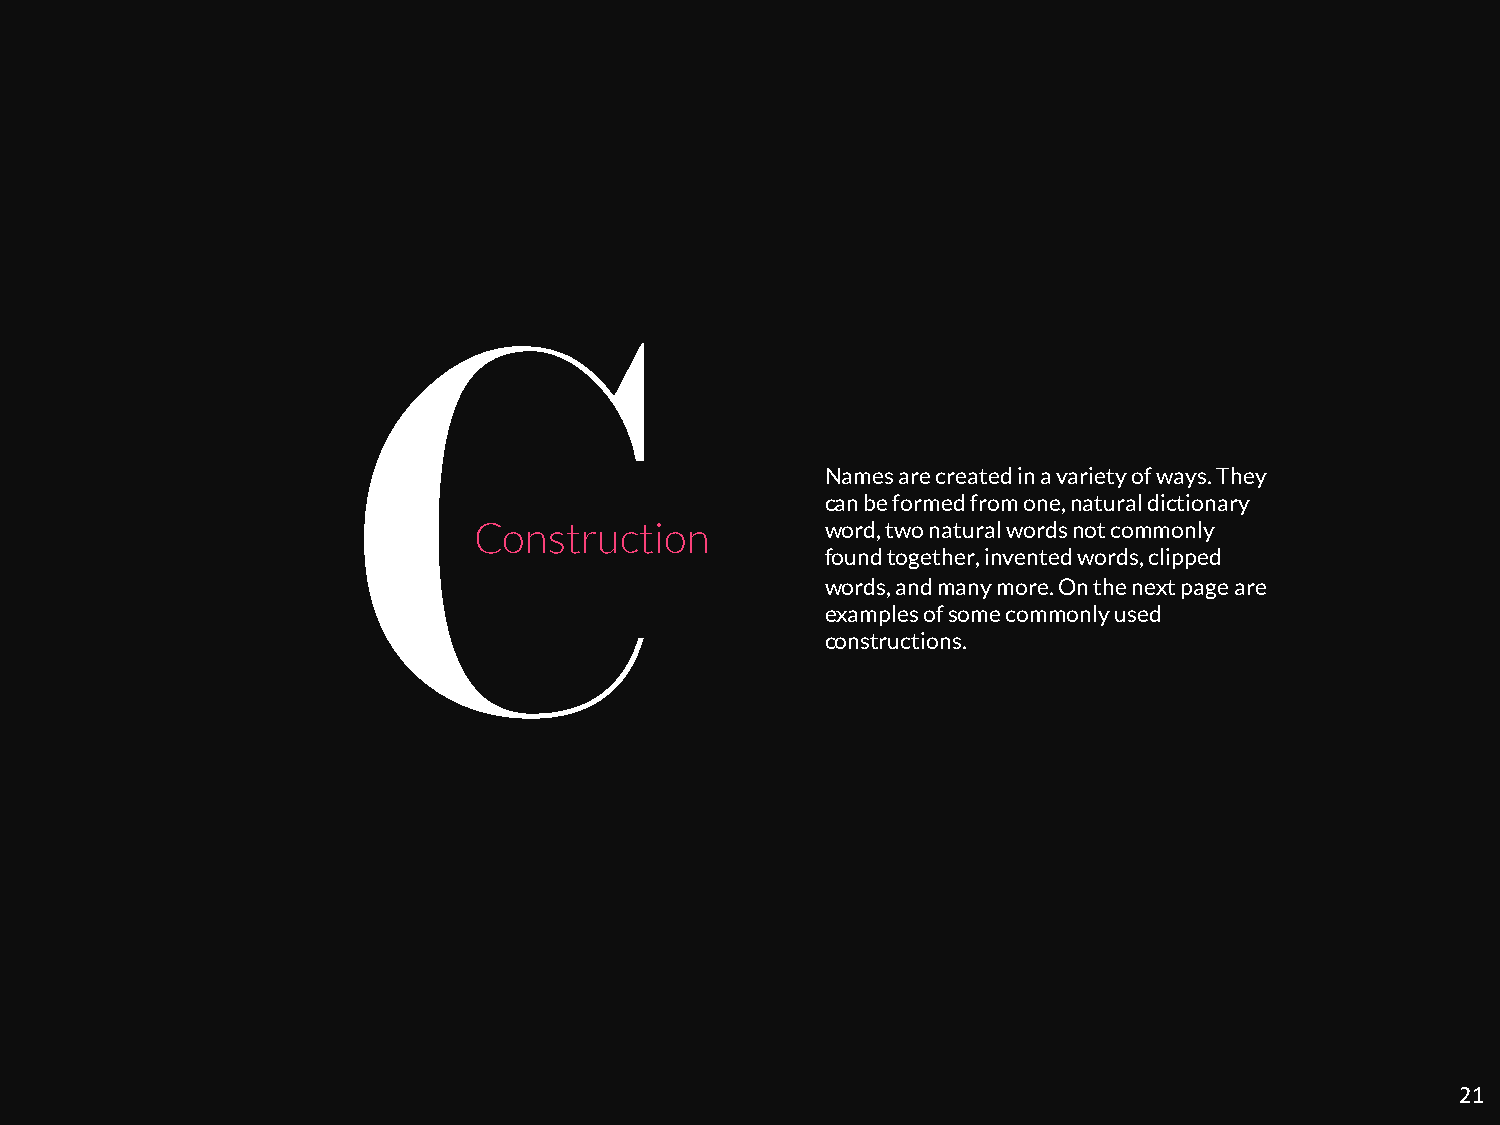
Names are created in a variety of ways. They
 can be formed from one, natural dictionary
 Construction            word, two natural words not commonly
 found together, invented words, clipped
 words, and many more. On the next page are
 examples of some commonly used
 constructions.
 21